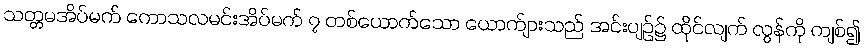
သတ္တမအိပ်မက် ကောသလမင်းအိပ်မက် ၇ တစ်ယောက်သော ယောက်ျားသည် အင်းပျဉ်၌ ထိုင်လျက် လွန်ကို ကျစ်၍